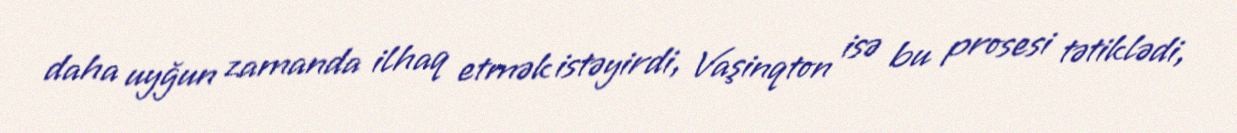
daha uyğun zamanda ilhaq etmək istəyirdi, Vaşinqton isə bu prosesi tətiklədi,